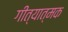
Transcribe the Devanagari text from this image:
गीत्यात्मक